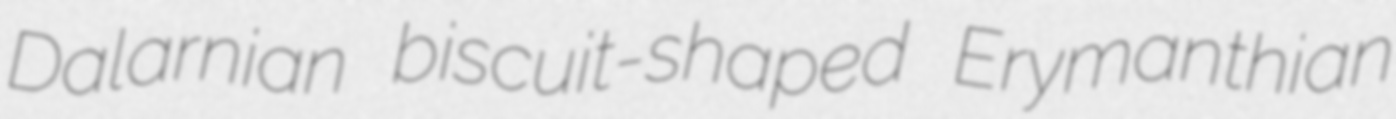
Dalarnian biscuit-shaped Erymanthian